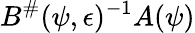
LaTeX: B^{\# }(\psi,\epsilon)^{-1}A(\psi)